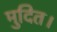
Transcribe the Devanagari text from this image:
मुदित।